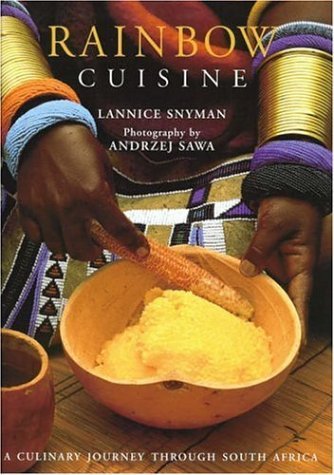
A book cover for Rainbow Cuisine; Lannice Snyman; Cookbooks, Food & Wine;